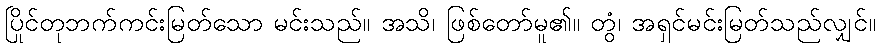
ပြိုင်တုဘက်ကင်းမြတ်သော မင်းသည်။ အသိ၊ ဖြစ်တော်မူ၏။ တွံ၊ အရှင်မင်းမြတ်သည်လျှင်။